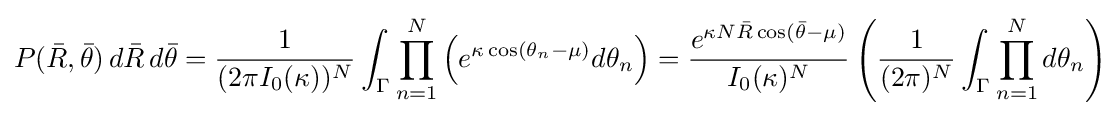
P({\bar {R}},{\bar {\theta }})\,d{\bar {R}}\,d{\bar {\theta }}={\frac {1}{(2\pi I_{0}(\kappa ))^{N}}}\int _{\Gamma }\prod _{n=1}^{N}\left(e^{\kappa \cos(\theta _{n}-\mu )}d\theta _{n}\right)={\frac {e^{\kappa N{\bar {R}}\cos({\bar {\theta }}-\mu )}}{I_{0}(\kappa )^{N}}}\left({\frac {1}{(2\pi )^{N}}}\int _{\Gamma }\prod _{n=1}^{N}d\theta _{n}\right)